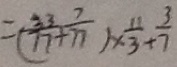
= ( \frac { 3 3 } { 7 7 } + \frac { 7 } { 7 7 } ) \times \frac { 1 1 } { 3 } + \frac { 3 } { 7 }